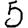
Digit: 5